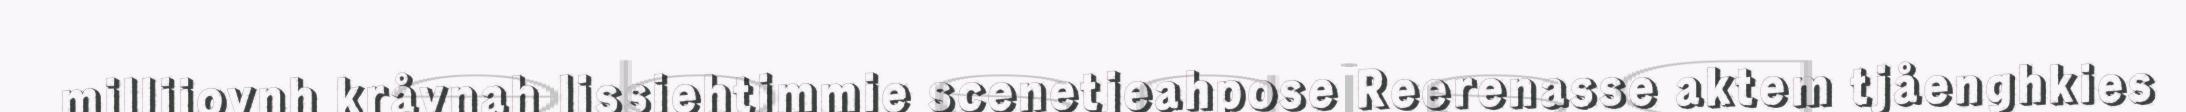
millijovnh kråvnah lissiehtimmie scenetjeahpose Reerenasse aktem tjåenghkies